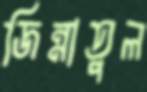
জিন্নাতুল